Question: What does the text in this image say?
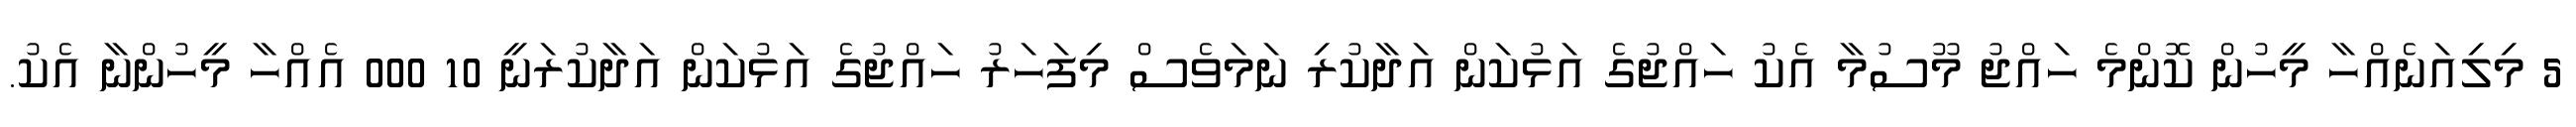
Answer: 5 މިލިއަނެއްހާ މީހުން ކޮންމެ ހައްޖު މޫސުމާ އެކު ހައްޖުގެ އަޅުކަން އަދާކުރި ނަމަވެސް މިފަހަރު ހައްޖުގެ އަޅުކަން އަދާކުރަނީ 10 000 އެއްހާ މީހުންނާ އެކު.